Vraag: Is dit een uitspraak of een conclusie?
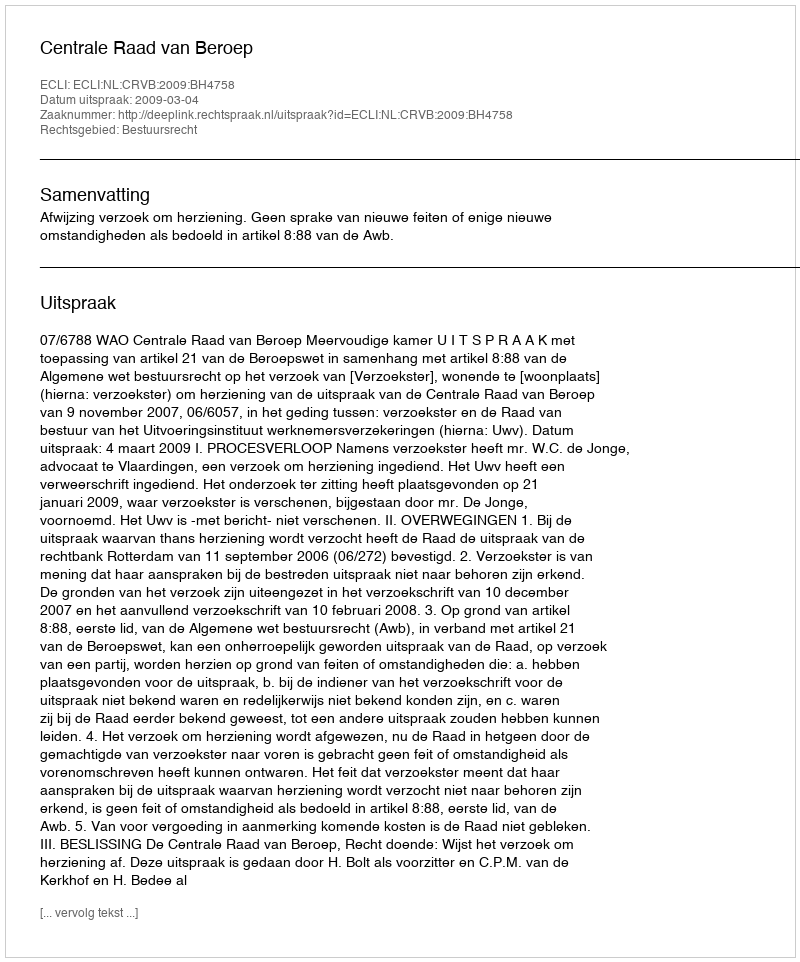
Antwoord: Uitspraak